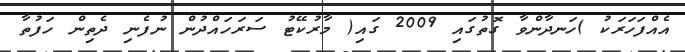
އެއްފަހަރަކު )ހަނދާންވާ ގޮތުގައި 2009 ގައި( މާރުކޭޓު ސަރަހައްދުން ނުފެނި ދެތިން ހަފުތާ